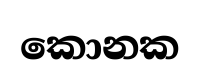
කොනක